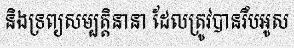
និងទ្រព្យសម្បត្តិនានា ដែលត្រូវបានរឹបអូស